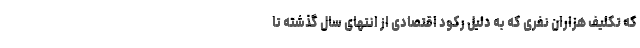
که تکلیف هزاران نفری که به دلیل رکود اقتصادی از انتهای سال گذشته تا